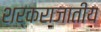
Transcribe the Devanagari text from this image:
शर्कराजातीय